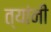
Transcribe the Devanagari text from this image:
त्यांनी